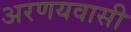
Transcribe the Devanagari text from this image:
अरणयवासी